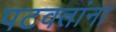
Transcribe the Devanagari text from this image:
पटवतांना